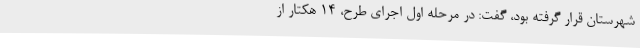
شهرستان قرار گرفته بود، گفت: در مرحله اول اجرای طرح، ۱۴‌ هکتار از